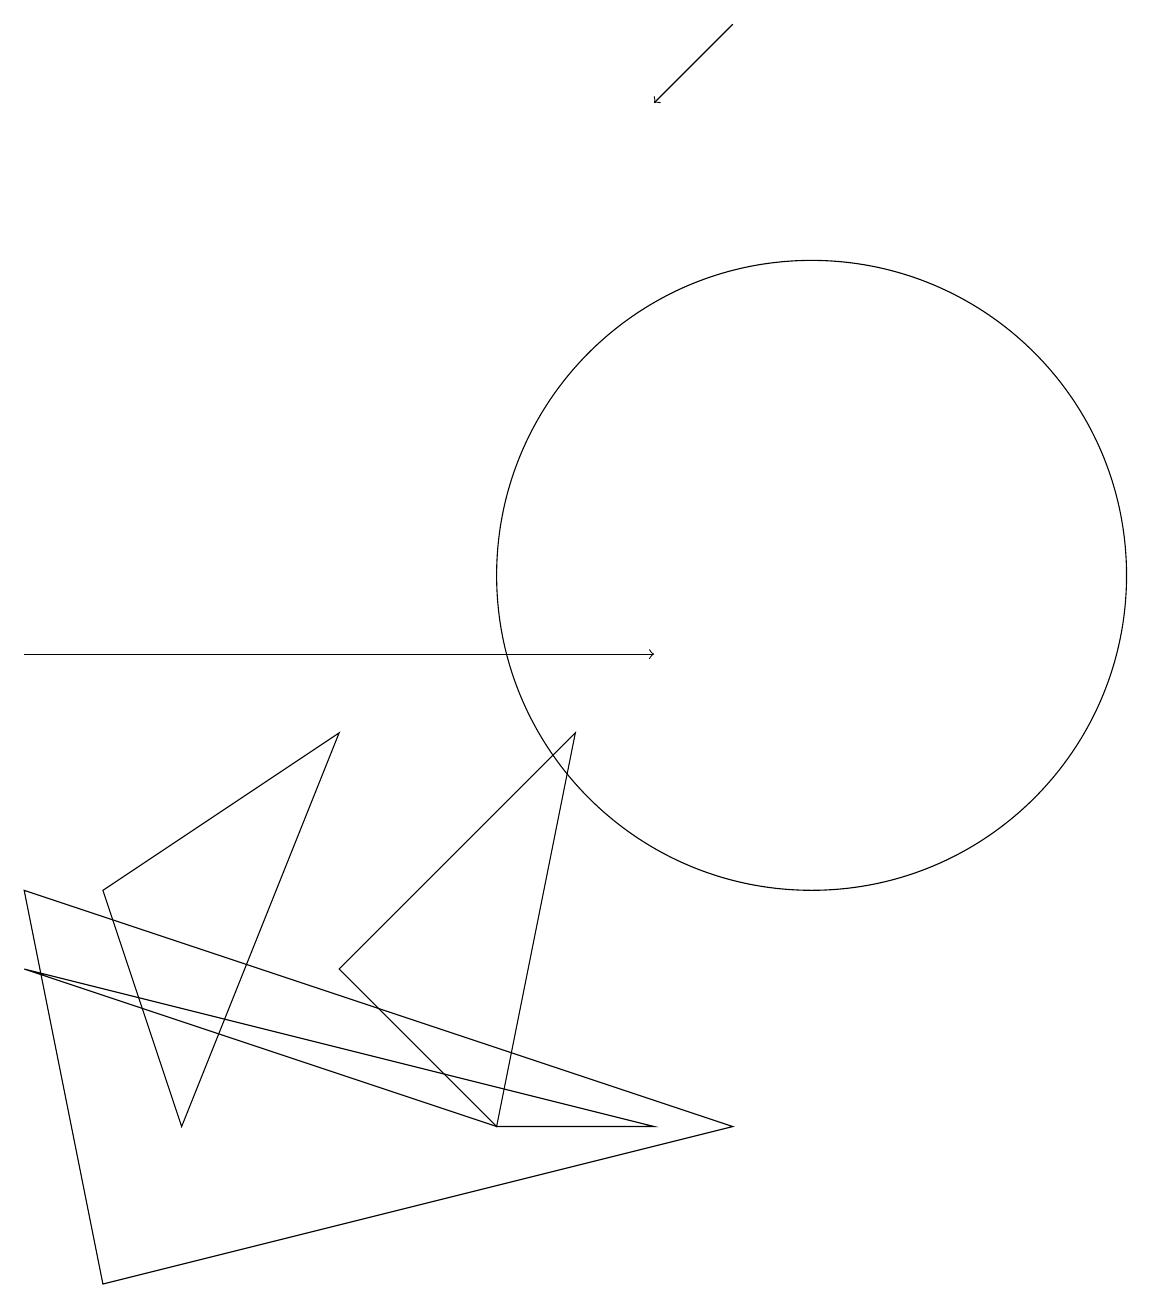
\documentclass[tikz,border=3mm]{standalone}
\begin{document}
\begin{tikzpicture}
\draw (4,9) -- (1,7) -- (2,4) -- cycle;
\draw (7,9) -- (6,4) -- (4,6) -- cycle;
\draw (6,4) -- (0,6) -- (8,4) -- cycle;
\draw (0,7) -- (1,2) -- (9,4) -- cycle;
\draw[->] (0,10) -- (8,10);
\draw (10,11) circle (4);
\draw[->] (9,18) -- (8,17);
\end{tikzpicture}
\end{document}